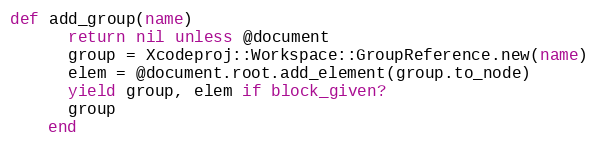
Language: Ruby
def add_group(name)
      return nil unless @document
      group = Xcodeproj::Workspace::GroupReference.new(name)
      elem = @document.root.add_element(group.to_node)
      yield group, elem if block_given?
      group
    end